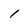
Character: 1